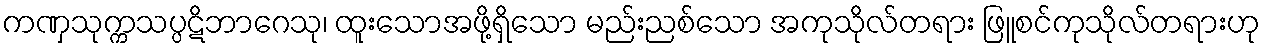
ကဏှသုက္ကသပ္ပဋိဘာဂေသု၊ ထူးသောအဖို့ရှိသော မည်းညစ်သော အကုသိုလ်တရား ဖြူစင်ကုသိုလ်တရားဟု